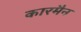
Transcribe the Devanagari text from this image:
कारमैन